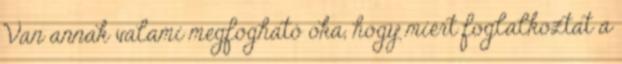
Van annak valami megfogható oka, hogy miért foglalkoztat a